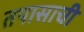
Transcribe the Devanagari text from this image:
तपासाची